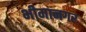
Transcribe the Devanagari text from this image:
भीमानगर